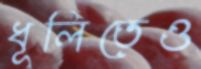
ধূলিতেও